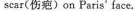
scar(伤疤)on Paris'face.